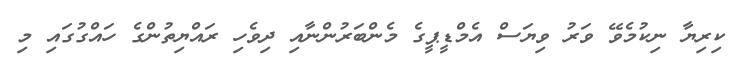
ކިރިޔާ ނިކުމެވޭ ވަރު ވިޔަސް އެމްޑީޕީގެ މެންބަރުންނާއި ދިވެހި ރައްޔިތުންގެ ހައްގުގައި މި